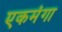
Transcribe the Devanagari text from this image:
एकमंगा